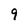
Character: 9